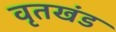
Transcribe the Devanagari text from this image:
वृतखंड